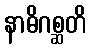
နာဓိဂစ္ဆတိ